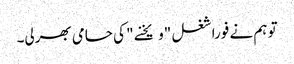
تو ہم نے فورا شغل "ویخنے " کی حامی بھرلی۔